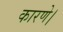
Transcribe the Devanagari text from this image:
कारणे।